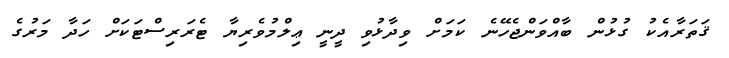
ޤަތަރާއެކު ގުޅުން ބާއްވަންޖެހޭނެ ކަމަށް ވިދާޅުވި ދީނީ ޢިލްމުވެރިޔާ ޓެރަރިސްޓަކަށް ހަދާ މަރުގެ